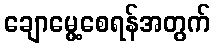
ချောမွေ့စေရန်အတွက်